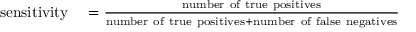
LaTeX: \begin{array} { r l } { { \mathrm { s e n s i t i v i t y } } } & { { } = { \frac { \mathrm { n u m b e r ~ o f ~ t r u e ~ p o s i t i v e s } } { { \mathrm { n u m b e r ~ o f ~ t r u e ~ p o s i t i v e s } } + { \mathrm { n u m b e r ~ o f ~ f a l s e ~ n e g a t i v e s } } } } } \end{array}